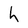
Character: h